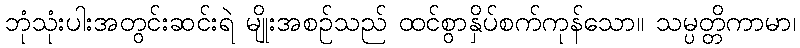
ဘုံသုံးပါးအတွင်းဆင်းရဲ မျိုးအစဉ်သည် ထင်စွာနှိပ်စက်ကုန်သော။ သမ္ပတ္တိကာမာ၊